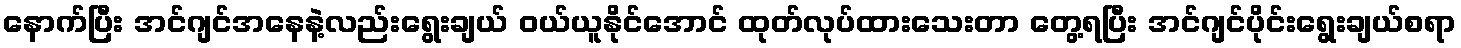
နောက်ပြီး အင်ဂျင်အနေနဲ့လည်းရွေးချယ် ဝယ်ယူနိုင်အောင် ထုတ်လုပ်ထားသေးတာ တွေ့ရပြီး အင်ဂျင်ပိုင်းရွေးချယ်စရာ